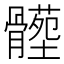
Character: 𩪝